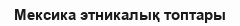
Мексика этникалық топтары